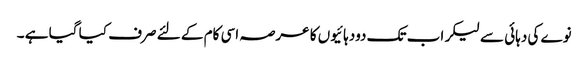
نوے کی دہائی سے لیکر اب تک دودہائیوں کا عرصہ اسی کام کے لئے صرف کیا گیا ہے ۔